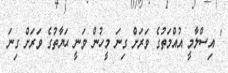
' އިސްލާމީ އުއްމަތުގެ ވަރަށް ގިނަ މީހުން ވަނީ ޙަޔާތުގެ ވަރަށް ގިނަ